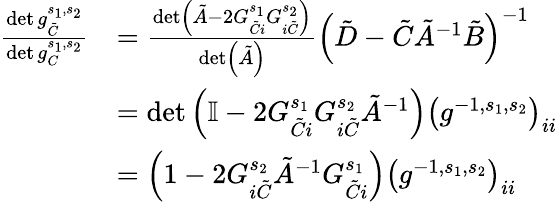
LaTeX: \begin{array}{rl}{\frac{\det g_{\tilde{C}}^{s_{1},s_{2}}}{\det g_{C}^{s_{1},s_{2}}}}&{=\frac{\det\left(\tilde{A}-2G_{\tilde{C}i}^{s_{1}}G_{i\tilde{C}}^{s_{2}}\right)}{\operatorname*{det}\left(\tilde{A}\right)}\left(\tilde{D}-\tilde{C}\tilde{A}^{-1}\tilde{B}\right)^{-1}}\\ &{=\operatorname*{det}\left(\mathbb{I}-2G_{\tilde{C}i}^{s_{1}}G_{i\tilde{C}}^{s_{2}}\tilde{A}^{-1}\right)\left(g^{-1,s_{1},s_{2}}\right)_{ii}}\\ &{=\left(1-2G_{i\tilde{C}}^{s_{2}}\tilde{A}^{-1}G_{\tilde{C}i}^{s_{1}}\right)\left(g^{-1,s_{1},s_{2}}\right)_{ii}}\end{array}